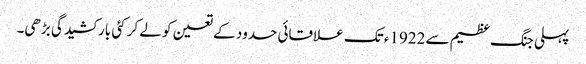
پہلی جنگ عظیم سے 1922ء تک علاقائی حدود کے تعین کو لے کر کئی بار کشیدگی بڑھی۔